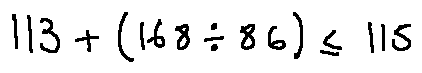
1 1 3 + ( 1 6 8 \div 8 6 ) \leq 1 1 5